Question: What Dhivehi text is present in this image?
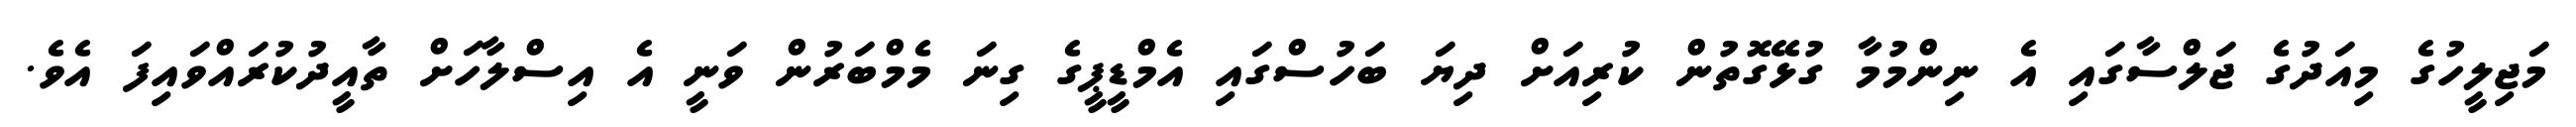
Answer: މަޖިލީހުގެ މިއަދުގެ ޖަލްސާގައި އެ ނިންމުމާ ގުޅޭގޮތުން ކުރިއަށް ދިޔަ ބަހުސްގައި އެމްޑީޕީގެ ގިނަ މެމްބަރުން ވަނީ އެ އިސްލާހަށް ތާއީދުކުރައްވައިފަ އެވެ.